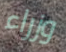
وزراء